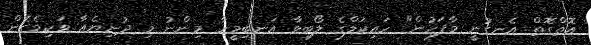
އޮތްގޮތް އެނގުނީ މާފަހުން" ހައިކަލްގެ ލޯބިވާ އަނބިމީހާ މިންނު މި ދުނިޔެއާ ވަކިވެގެން